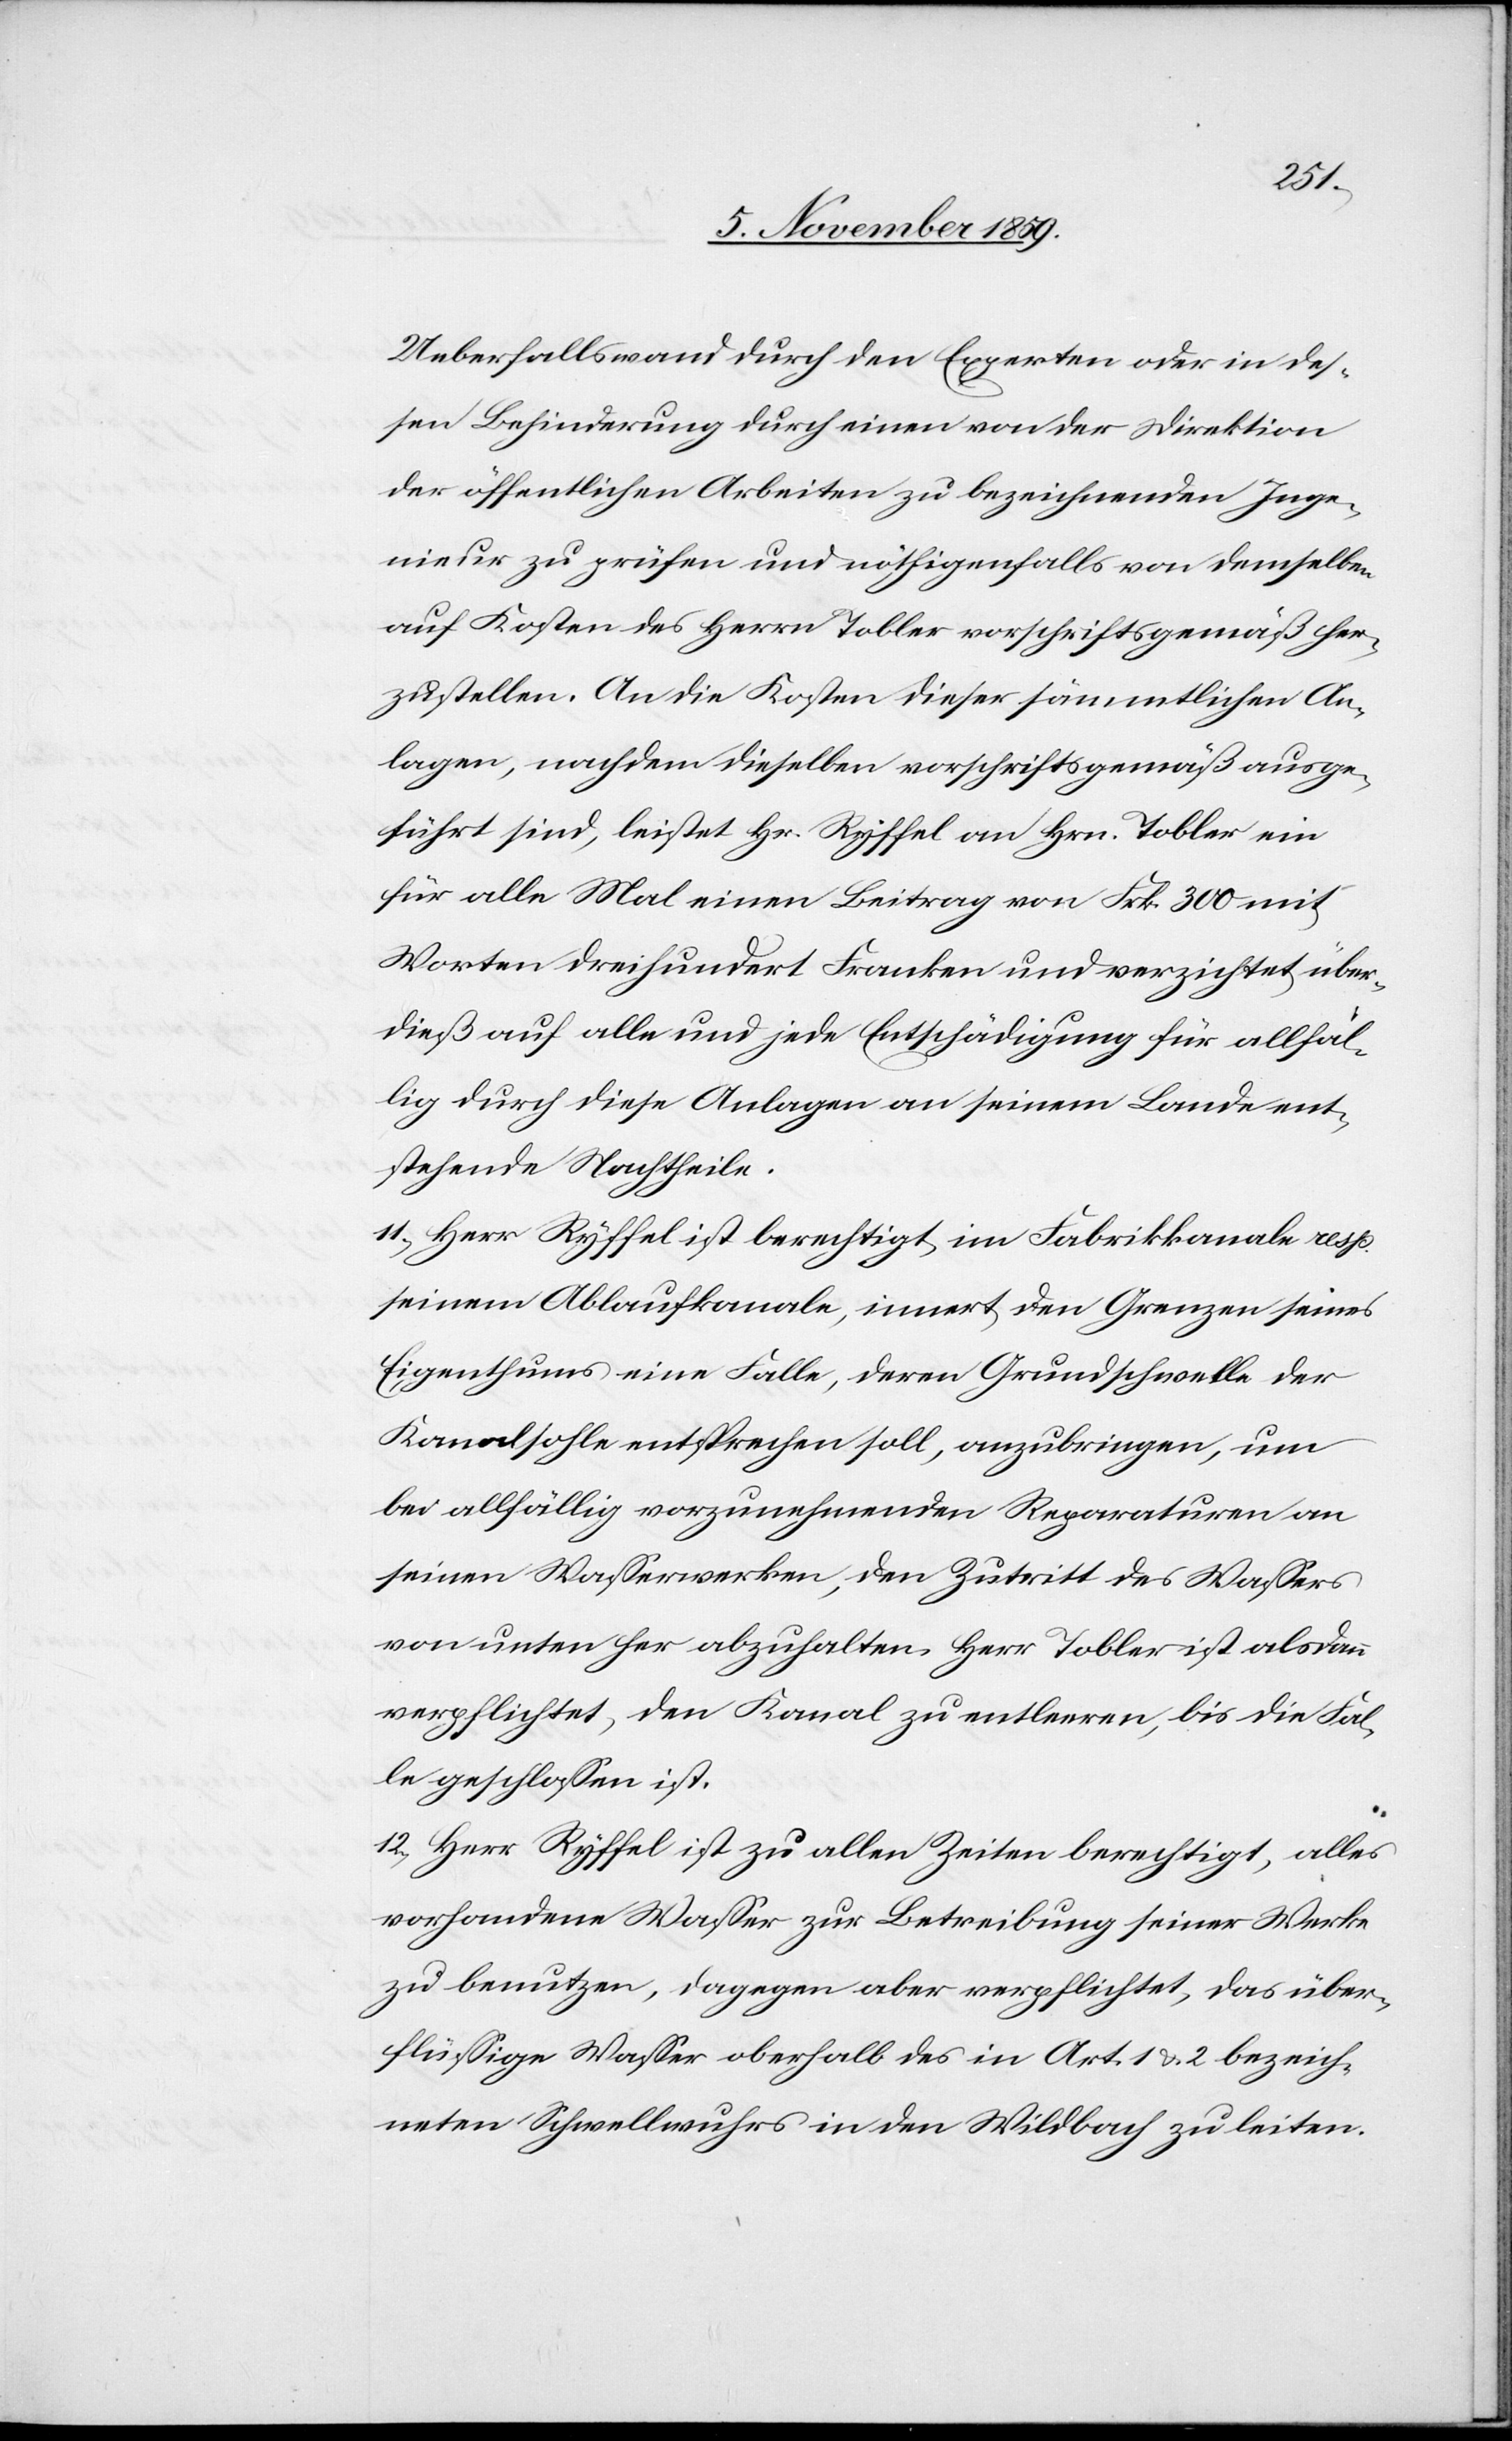
Ueberfallswand durch den Experten oder in des¬
sen Behinderung durch einen von der Direktion
der öffentlichen Arbeiten zu bezeichnenden Inge¬
nieur zu prüfen und nöthigenfalls von demselben
auf Kosten des Herrn Tobler vorschriftsgemäß her¬
zustellen. An die Kosten dieser sämmtlichen An¬
lagen, nachdem dieselben vorschriftsgemäß ausge¬
führt sind, leistet Hr. Ryffel an Hrn. Tobler ein
für alle Mal einen Beitrag von Frk. 300 mit
Worten dreihundert Franken und verzichtet über¬
dieß auf alle und jede Entschädigung für allfäl¬
lig durch diese Anlagen an seinem Lande ent¬
stehende Nachtheile.
11) Herr Ryffel ist berechtigt, im Fabrikkanale resp.
seinem Ablaufkanale, innert den Grenzen seines
Eigenthums eine Falle, deren Grundschwelle der
Kanalsohle entsprechen soll, anzubringen, um
bei allfällig vorzunehmenden Reparaturen an
seinen Wasserwerken, den Zutritt des Wassers
von unten her abzuhalten. Herr Tobler ist alsdann
verpflichtet, den Kanal zu entleeren, bis die Fal¬
le geschlossen ist.
12) Herr Ryffel ist zu allen Zeiten berechtigt, alles
vorhandene Wasser zur Betreibung seiner Werke
zu benutzen, dagegen aber verpflichtet, das über¬
flüssige Wasser oberhalb des in Art. 1 & 2 bezeich¬
neten Schwellwuhrs in den Wildbach zu leiten.